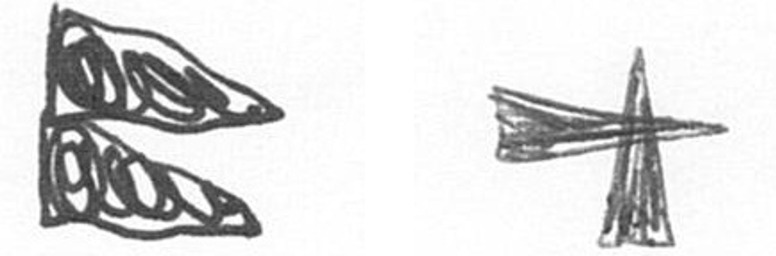
P G